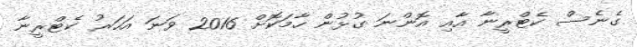
ގެނެސް ކެޓްރީނާ އާއި އޮންނަ ގުޅުން ހާމަކޮށް 2016 ވަނަ އަަހަރު ކެޓްްރީނާ